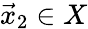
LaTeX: {\vec{x}}_{2}\in X